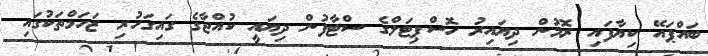
ބައްޕައޭ ކިޔާފައި ރޮމުން ދިޔައިރު ހޮސްޕިޓަލްގެ ސްޓާފުން ދިޔައީ ކުއްޖާގެ ގައިގަހުރި ޒަހަމްތަކުގައި